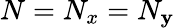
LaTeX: N=N_{x}=N_{\mathbf{y}}